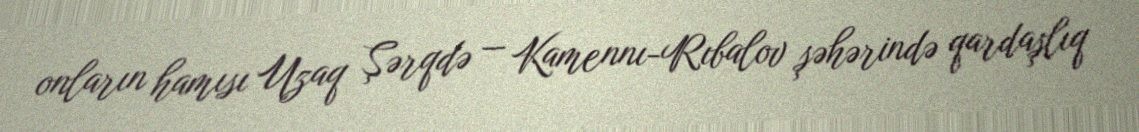
onların hamısı Uzaq Şərqdə — Kamennı-Rıbalov şəhərində qardaşlıq